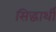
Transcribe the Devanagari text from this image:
सिद्धार्थी